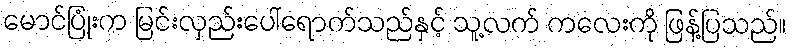
မောင်ပြုံးက မြင်းလှည်းပေါ်ရောက်သည်နှင့် သူ့လက် ကလေးကို ဖြန့်ပြသည်။